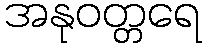
အနုဝတ္တရေ